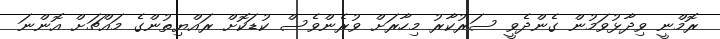
ރޮމްނީ ވިދާޅުވަމުން ގެންދެވީ ސަރުކާރު މިހާރަށް ވުރެންވެސް ކުޑަކޮށް ރައްޔިތުންގެ މައްޗަށް އޮންނަ